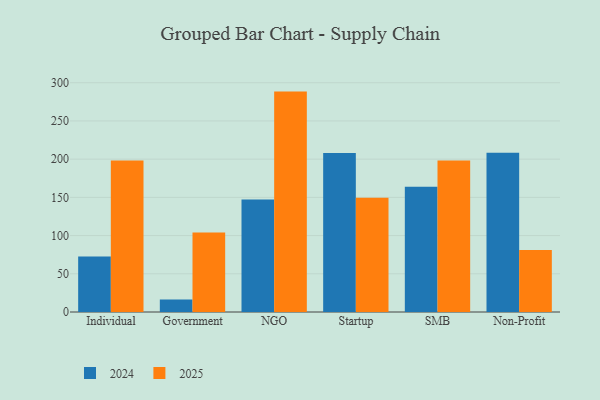
{"axis": {"x": "Segment", "y": "Shipments"}, "legend": ["2024", "2025"], "data": [{"x": "Individual", "y": 72.5, "type": "2024"}, {"x": "Individual", "y": 198.2, "type": "2025"}, {"x": "Government", "y": 16.5, "type": "2024"}, {"x": "Government", "y": 104.0, "type": "2025"}, {"x": "NGO", "y": 147.2, "type": "2024"}, {"x": "NGO", "y": 288.4, "type": "2025"}, {"x": "Startup", "y": 208.0, "type": "2024"}, {"x": "Startup", "y": 149.5, "type": "2025"}, {"x": "SMB", "y": 164.0, "type": "2024"}, {"x": "SMB", "y": 198.4, "type": "2025"}, {"x": "Non-Profit", "y": 208.3, "type": "2024"}, {"x": "Non-Profit", "y": 81.2, "type": "2025"}]}